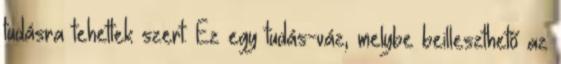
tudásra tehettek szert. Ez egy tudás-váz, melybe beilleszthető az